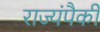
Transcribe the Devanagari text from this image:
राज्यंपैकी